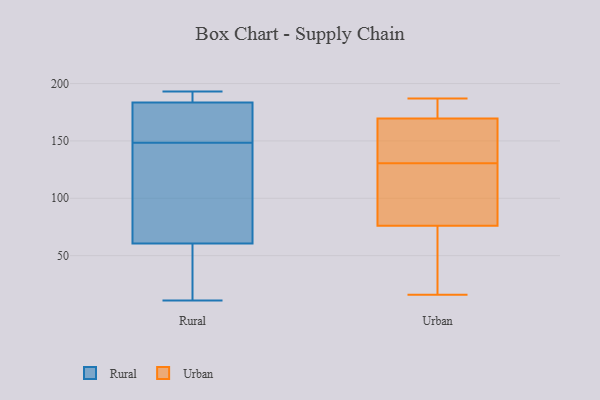
{"axis": {"x": "Website Visitors", "y": "Value"}, "legend": ["Rural", "Urban"], "data": [{"x": "", "y": 188, "type": "Rural"}, {"x": "", "y": 150, "type": "Rural"}, {"x": "", "y": 11, "type": "Rural"}, {"x": "", "y": 46, "type": "Rural"}, {"x": "", "y": 19, "type": "Rural"}, {"x": "", "y": 147, "type": "Rural"}, {"x": "", "y": 186, "type": "Rural"}, {"x": "", "y": 122, "type": "Rural"}, {"x": "", "y": 53, "type": "Rural"}, {"x": "", "y": 68, "type": "Rural"}, {"x": "", "y": 155, "type": "Rural"}, {"x": "", "y": 193, "type": "Rural"}, {"x": "", "y": 69, "type": "Rural"}, {"x": "", "y": 181, "type": "Rural"}, {"x": "", "y": 186, "type": "Rural"}, {"x": "", "y": 160, "type": "Rural"}, {"x": "", "y": 130, "type": "Urban"}, {"x": "", "y": 36, "type": "Urban"}, {"x": "", "y": 131, "type": "Urban"}, {"x": "", "y": 107, "type": "Urban"}, {"x": "", "y": 176, "type": "Urban"}, {"x": "", "y": 104, "type": "Urban"}, {"x": "", "y": 48, "type": "Urban"}, {"x": "", "y": 187, "type": "Urban"}, {"x": "", "y": 174, "type": "Urban"}, {"x": "", "y": 165, "type": "Urban"}, {"x": "", "y": 16, "type": "Urban"}, {"x": "", "y": 153, "type": "Urban"}]}